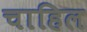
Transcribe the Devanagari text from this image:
चाहिल